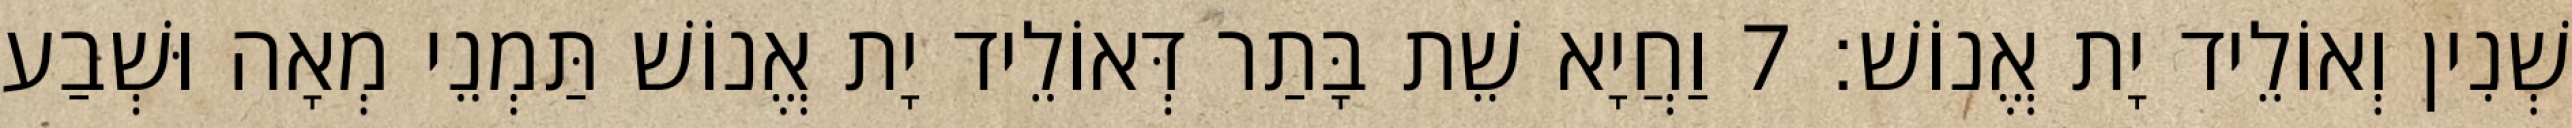
שְׁנִין וְאוֹלֵיד יָת אֱנוֹשׁ׃ 7 וַחֲיָא שֵׁת בָּתַר דְּאוֹלֵיד יָת אֱנוֹשׁ תַּמְנֵי מְאָה וּשְׁבַע